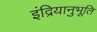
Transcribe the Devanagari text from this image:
इंद्रियानुभूति